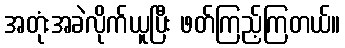
အတုံးအခဲလိုက်ယူပြီး ဖတ်ကြည့်ကြတယ်။